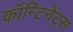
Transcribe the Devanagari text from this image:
कॉन्टिनेंट्स